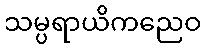
သမ္ပရာယိကညေဝ